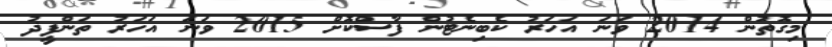
މިގޮތުން 2014 ވަނަ އަހަރު ކެބިނެޓުން ފާސްކޮށް 2015 ވަނަ އަހަރު ތަންފީޛު